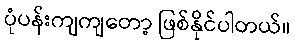
ပုံပန်းကျကျတော့ ဖြစ်နိုင်ပါတယ်။